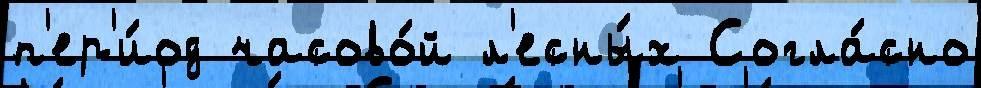
п'ер'и́од часово́й л'есны́х Согла́сно